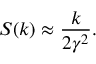
S ( k ) \approx \frac { k } { 2 \gamma ^ { 2 } } .